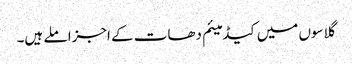
گلاسوں میں کیڈمیئم دھات کے اجزا ملے ہیں۔